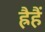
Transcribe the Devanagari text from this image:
ह्रैहैं